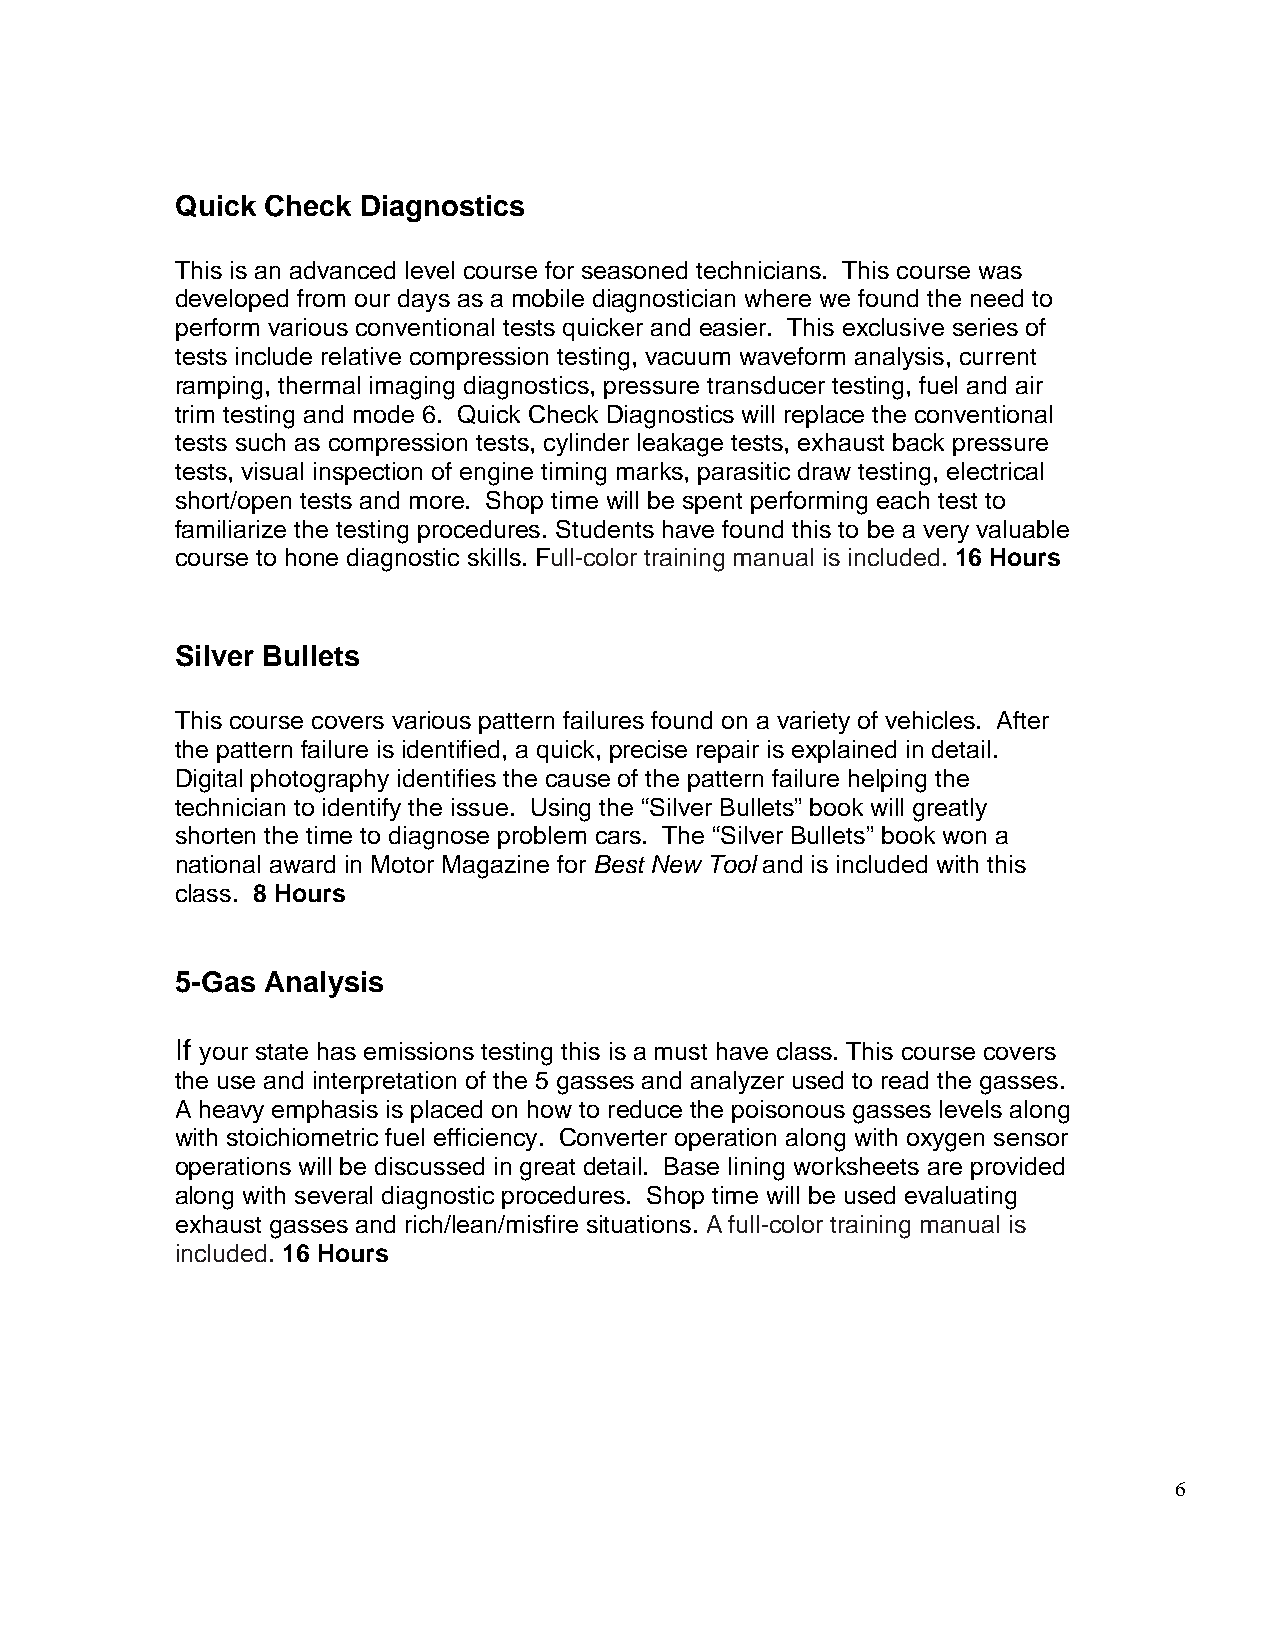
Quick Check Diagnostics
 This is an advanced level course for seasoned technicians. This course was
 developed from our days as a mobile diagnostician where we found the need to
 perform various conventional tests quicker and easier. This exclusive series of
 tests include relative compression testing, vacuum waveform analysis, current
 ramping, thermal imaging diagnostics, pressure transducer testing, fuel and air
 trim testing and mode 6. Quick Check Diagnostics will replace the conventional
 tests such as compression tests, cylinder leakage tests, exhaust back pressure
 tests, visual inspection of engine timing marks, parasitic draw testing, electrical
 short/open tests and more. Shop time will be spent performing each test to
 familiarize the testing procedures. Students have found this to be a very valuable
 course to hone diagnostic skills. Full-color training manual is included. 16 Hours
 Silver Bullets
 This course covers various pattern failures found on a variety of vehicles. After
 the pattern failure is identified, a quick, precise repair is explained in detail.
 Digital photography identifies the cause of the pattern failure helping the
 technician to identify the issue. Using the “Silver Bullets” book will greatly
 shorten the time to diagnose problem cars. The “Silver Bullets” book won a
 national award in Motor Magazine for Best New Tool and is included with this
 class. 8 Hours
 5-Gas Analysis
 If your state has emissions testing this is a must have class. This course covers
 the use and interpretation of the 5 gasses and analyzer used to read the gasses.
 A heavy emphasis is placed on how to reduce the poisonous gasses levels along
 with stoichiometric fuel efficiency. Converter operation along with oxygen sensor
 operations will be discussed in great detail. Base lining worksheets are provided
 along with several diagnostic procedures. Shop time will be used evaluating
 exhaust gasses and rich/lean/misfire situations. A full-color training manual is
 included. 16 Hours
 6